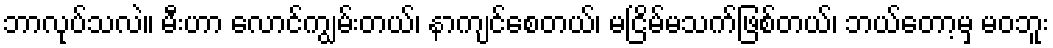
ဘာလုပ်သလဲ။ မီးဟာ လောင်ကျွမ်းတယ်၊ နာကျင်စေတယ်၊ မငြိမ်မသက်ဖြစ်တယ်၊ ဘယ်တော့မှ မဝဘူး